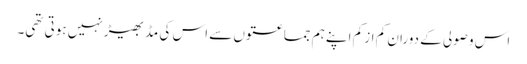
اس وصولی کے دوران کم از کم اپنے ہم جماعتوں سے اس کی مڈبھیڑ نہیں ہوتی تھی۔